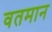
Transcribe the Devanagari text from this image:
वतमान